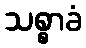
သစ္စာခံ